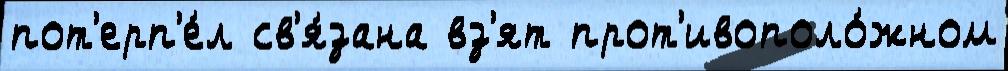
пот'ерп'е́л св'я́зана вз'ят прот'ивополо́жном